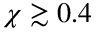
\chi \gtrsim 0 . 4